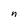
Character: n